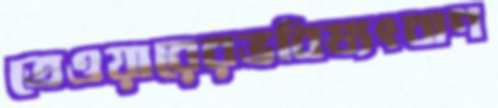
তেওয়ারেরভবিষ্যৎবাণ